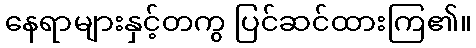
နေရာများနှင့်တကွ ပြင်ဆင်ထားကြ၏။